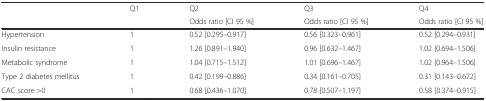
<table><thead><tr><td></td><td><b>Q1</b></td><td><b>Q2</b></td><td><b>Q3</b></td><td><b>Q4</b></td></tr><tr><td></td><td></td><td><b>Odds ratio [CI 95 %]</b></td><td><b>Odds ratio [CI 95 %]</b></td><td><b>Odds ratio [CI 95 %]</b></td></tr></thead><tbody><tr><td>Hypertension</td><td>1</td><td>0.52 [0.295–0.917]</td><td>0.56 [0.323–0.961]</td><td>0.52 [0.294–0.931]</td></tr><tr><td>Insulin resistance</td><td>1</td><td>1.26 [0.891–1.940]</td><td>0.96 [0.632–1.467]</td><td>1.02 [0.694–1.506]</td></tr><tr><td>Metabolic syndrome</td><td>1</td><td>1.04 [0.715–1.512]</td><td>1.01 [0.696–1.467]</td><td>1.02 [0.964–1.506]</td></tr><tr><td>Type 2 diabetes mellitus</td><td>1</td><td>0.42 [0.199–0.886]</td><td>0.34 [0.161–0.705]</td><td>0.31 [0.143–0.672]</td></tr><tr><td>CAC score &gt;0</td><td>1</td><td>0.68 [0.436–1.070]</td><td>0.78 [0.507–1.197]</td><td>0.58 [0.374–0.915]</td></tr></tbody></table>